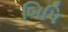
બિપિ